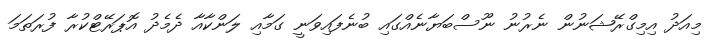
މިއަދު އިމިގްރޭޝަނުން ނެރުނު ނޫސްބަޔާނެއްގައި ބުނެފައިވަނީ ގަމާއި ލަންކާއާ ދެމެދު އޮޕަރޭޓްކުރާ ފުރަތަމަ